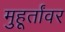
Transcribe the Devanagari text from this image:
मुहूर्तांवर